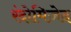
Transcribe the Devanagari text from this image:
रंदोमिज़ेद